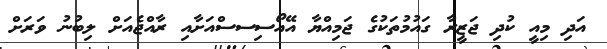
އަދި މިއީ ކުދި ޖަޒީރާ ގައުމުތަކުގެ ޖަމިއްޔާ އޭއޯސިސސްއަށާއި ރާއްޖެއަށް ލިބުނު ވަރަށް